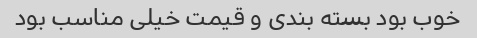
خوب بود بسته بندی و قیمت خیلی مناسب بود